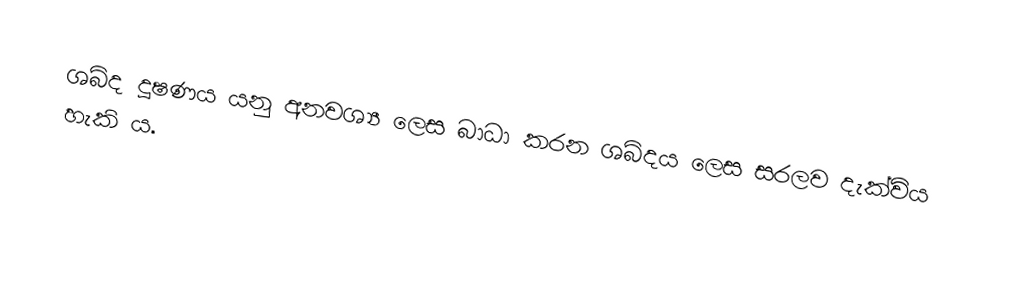
ශබ්ද දූෂණය යනු අනවශ්‍ය ලෙස බාධා කරන ශබ්දය ලෙස සරලව දැක්‌විය හැකි ය.